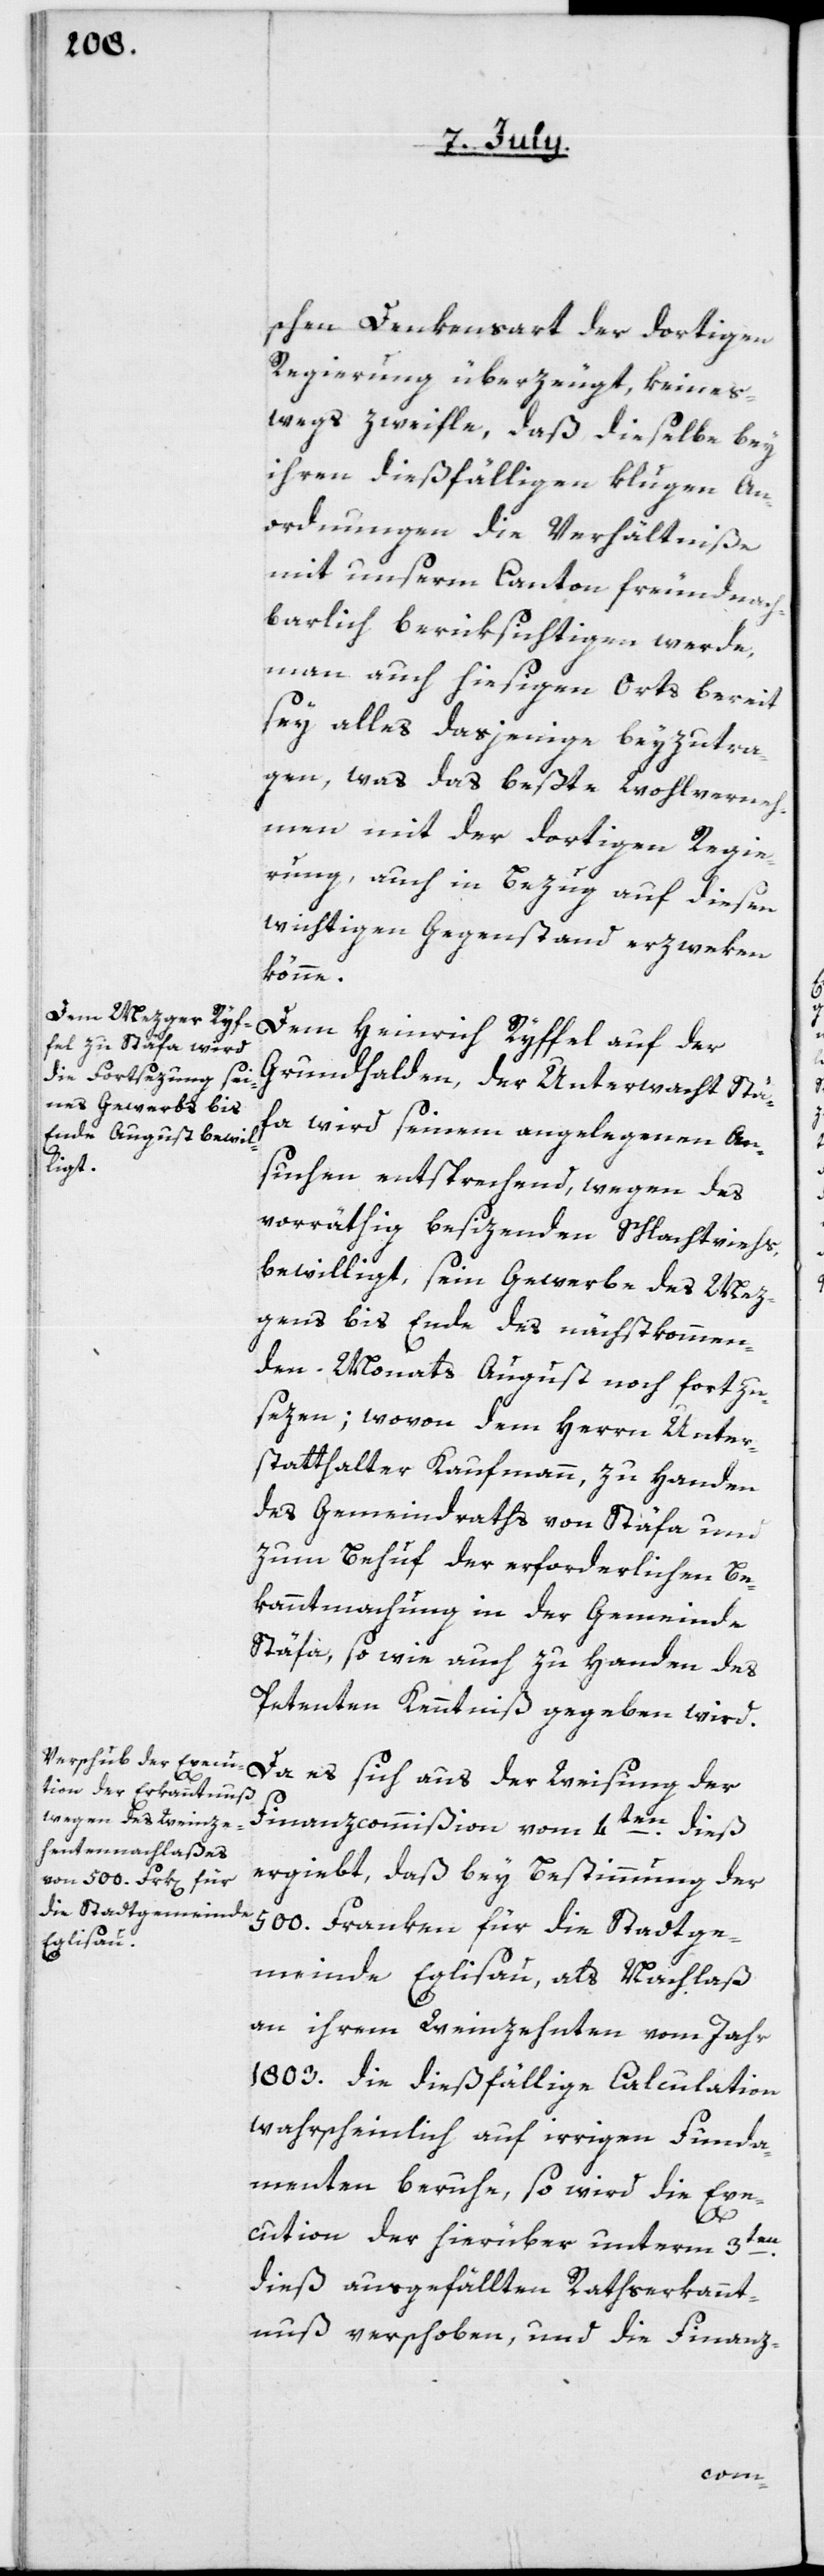
schen Denkensart der dortigen
Regierung überzeugt, keines¬
wegs zweifle, daß dieselbe bey
ihren dießfälligen klugen An¬
ordnungen die Verhältniße
mit unserm Canton freundnach¬
barlich berüksichtigen werde,
man auch hiesigen Orts bereit
sey, alles dasjenige beyzutra¬
gen, was das beßte Wohlverneh¬
men mit der dortigen Regie¬
rung, auch in Bezug auf diesen
wichtigen Gegenstand erzweken
könne.
Dem Heinrich Ryffel auf der
Grundhalden, der Unterwacht Stä¬
fa, wird seinem angelegenen An¬
suchen entsprechend, wegen des
vorräthig besizenden Schlachtviehs,
bewilliget, sein Gewerbe des Mez¬
gens bis Ende des nächstkommen¬
den Monats August noch fortzu¬
sezen; wovon dem Herrn Unter¬
statthalter Kaufmann zu Handen
des Gemeindraths von Stäfa und
zum Behuf der erforderlichen Be¬
kanntmachung in der Gemeinde
Stäfa, so wie auch zu Handen des
Petenten Kenntniß gegeben wird.
Da es sich aus der Weisung der
Finanzcommißion vom 4ten dieß
ergiebt, daß bey Bestimmung der
500. Franken für die Stadtge¬
meinde Eglisau, als Nachlaß
an ihrem Weinzehenten vom Jahr
1803. die dießfällige Calculation
wahrscheinlich auf irrigen Funda¬
menten beruhe, so wird die Exe¬
cution der hierüber unterm 3ten
dieß ausgefällten Rathserkannt¬
nuß verschoben, und die Finanz-